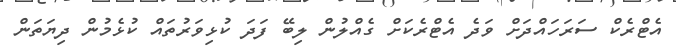
އެޓްރެކް ސަރަަހައްދަށް ވަދެ އެޓްރެކަށް ގެއްލުން ލިބޭ ފަދަ ކުޅިވަރުތައް ކުޅެމުން ދިޔަތަން